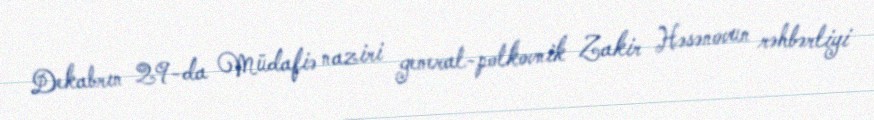
Dekabrın 29-da Müdafiə naziri general-polkovnik Zakir Həsənovun rəhbərliyi